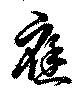
應